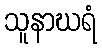
သူနာဃရံ